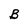
Character: B